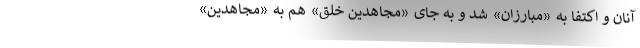
آنان و اکتفا به «مبارزان» شد و به جای «مجاهدین خلق» هم به «مجاهدین»